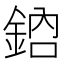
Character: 𨦳